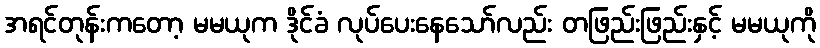
အရင်တုန်းကတော့ မမယုက ဒိုင်ခံ လုပ်ပေးနေသော်လည်း တဖြည်းဖြည်းနှင့် မမယုကို